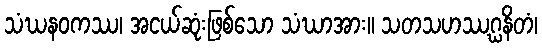
သံဃနဝကဿ၊ အငယ်ဆုံးဖြစ်သော သံဃာအား။ သတသဟဿဂ္ဃနိတံ၊